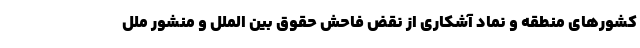
کشورهای منطقه و نماد آشکاری از نقض فاحش حقوق بین الملل و منشور ملل